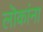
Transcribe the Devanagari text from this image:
लॊकांना